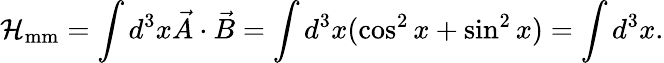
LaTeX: {\cal H}_{\mathrm{mm}}=\int d^{3}x\vec{A}\cdot\vec{B}=\int d^{3}x(\cos^{2}x+\sin^{2}x)=\int d^{3}x.